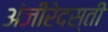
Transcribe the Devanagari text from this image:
अंजीरेदस्ती